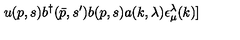
u ( p , s ) b ^ { \dagger } ( \bar { p } , s ^ { \prime } ) b ( p , s ) a ( k , \lambda ) \epsilon _ { \mu } ^ { \lambda } ( k ) ]